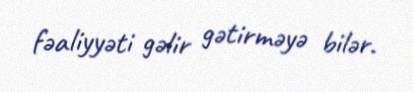
fəaliyyəti gəlir gətirməyə bilər.